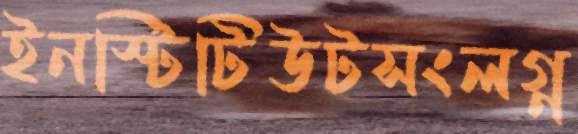
ইনস্টিটিউটসংলগ্ন